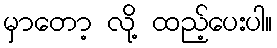
မှာတော့ လို့ ထည့်ပေးပါ။